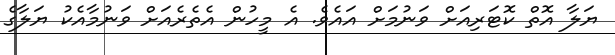
ޔަލާ އޮތް ކޮޓަރިއަށް ވަނުމަށް އައެވެ. އެ މީހުން އެތެރެއަށް ވަނުމާއެކު ޔަލާގެ